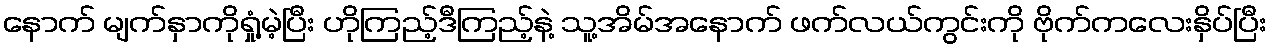
နောက် မျက်နှာကိုရှုံ့မဲ့ပြီး ဟိုကြည့်ဒီကြည့်နဲ့ သူ့အိမ်အနောက် ဖက်လယ်ကွင်းကို ဗိုက်ကလေးနှိပ်ပြီး